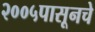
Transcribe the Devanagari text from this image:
२००५पासूनचे